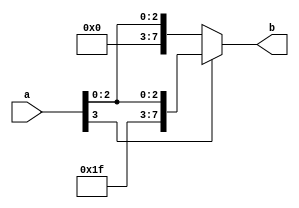
module sign(a,b);
input [3:0]a;
output reg[7:0]b;
always @(a or b)begin
if(a[3]==1)
b = {4'b1111,a};
else
b = {4'b0000,a};
end
endmodule